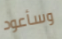
وسأعود